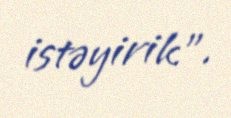
istəyirik”.